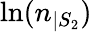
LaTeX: \ln(n_{|S_{2}})